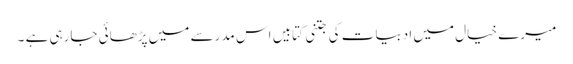
میرے خیال میں ادبیات کی جتنی کتابیں اس مدرسے میں پڑھائی جارہی ہے ۔